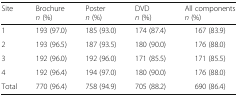
| Site | Brochuren (%) | Postern (%) | DVDn (%) | All componentsn (%) |
 | --- | --- | --- | --- | --- |
 | 1 | 193 (97.0) | 185 (93.0) | 174 (87.4) | 167 (83.9) |
 | 2 | 193 (96.5) | 187 (93.5) | 180 (90.0) | 176 (88.0) |
 | 3 | 192 (96.0) | 192 (96.0) | 171 (85.5) | 171 (85.5) |
 | 4 | 192 (96.4) | 194 (97.0) | 180 (90.0) | 176 (88.0) |
 | Total | 770 (96.4) | 758 (94.9) | 705 (88.2) | 690 (86.4) |